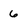
Character: 6